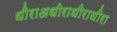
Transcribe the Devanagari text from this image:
धीराअधीराधीराधीरा